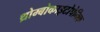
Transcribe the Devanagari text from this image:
थ्रोम्बोकाइटोपेनिक